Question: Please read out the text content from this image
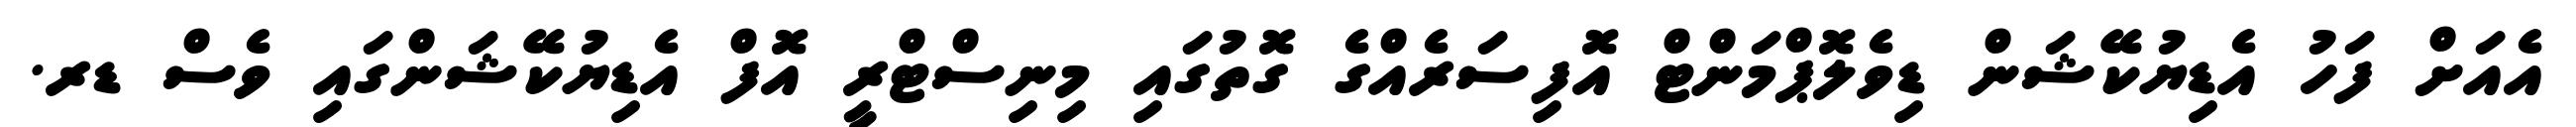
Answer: އެއަށް ފަހު އެޑިޔުކޭޝަން ޑިވެލޮޕްމަންޓް އޮފިސަރެއްގެ ގޮތުގައި މިނިސްޓްރީ އޮފް އެޑިޔުކޭޝަންގައި ވެސް ޑރ.